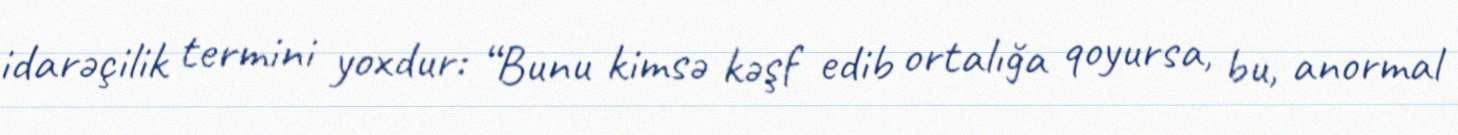
idarəçilik termini yoxdur: “Bunu kimsə kəşf edib ortalığa qoyursa, bu, anormal